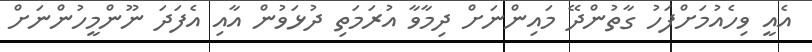
އެއީ ވިހެއުމަށްފަހު ގާތުންދޭ މައިންނަށް ދިމާވާ އުރަމަތި ދުޅަވުން އާއި އެފަދަ ނޫންމީހުންނަށް